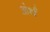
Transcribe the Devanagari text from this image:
अंर्थ